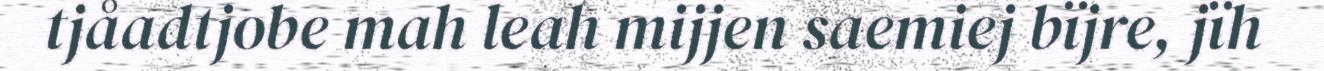
tjåadtjobe mah leah mijjen saemiej bïjre, jïh